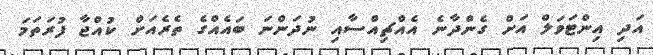
އަދި އިންޓަވަލް އަށް ގެންދާނެ އެއްޗިއްސާއި ނުދަންނަ ބައެއްގެ ތެރެއަށް ކުއްޖާ ފުރަތަމަ